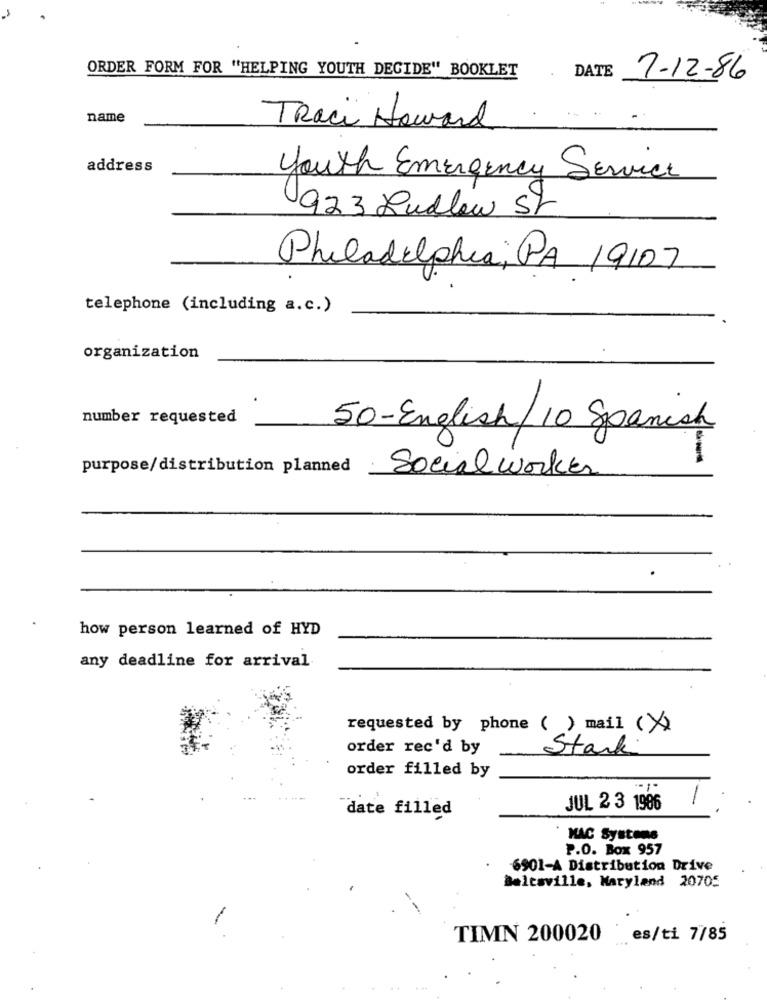
ORDER FORM FOR "HELPING YOUTH DECIDE" BOOKLET
DATE
7-12-86
name
Traci Howard
address
Youth Emergency Service
923 Ludlow Sr
Philadelphia, PA 19107
telephone (including a.c.)
organization
number requested
50-English/ 10 Spanish
purpose/distribution planned
Social worker
.
how person learned of HYD
any deadline for arrival
requested by phone ( ) mail ( X)
order rec'd by
Stark
order filled by
date filled
JUL 2 3 1986
MAC Systems
P.O. Box 957
6901-A Distribution Drive
Beltsville, Maryland 20705
TIMN 200020
es/ti 7/85